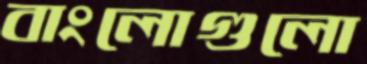
বাংলোগুলো